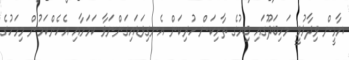
ޔާމީން ވިދާޅުވީ މަހިބަދޫގައި ބިމުގެ ތާށިކަން ހުރިކަން އެނގިވަޑައިގަންނަވާ ކަމަށާއި އެހެންކަމުން މިމަހުގެ